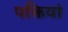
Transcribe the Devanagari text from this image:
पक्तियां